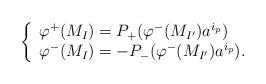
LaTeX: \begin{align*}\left\{\begin{array}{l}\varphi^+(M_I) = P_+ (\varphi^-(M_{I'}) a^{i_p}) \\\varphi^-(M_I) = - P_- (\varphi^-(M_{I'}) a^{i_p}).\end{array}\right.\end{align*}